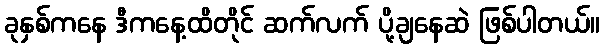
ခုနှစ်ကနေ ဒီကနေ့ထိတိုင် ဆက်လက် ပို့ချနေဆဲ ဖြစ်ပါတယ်။